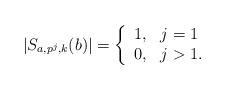
LaTeX: \begin{align*}|S_{a,p^j, k}(b)| =\left\{\begin{array}{ll} 1, & j = 1 \\0, & j > 1.\end{array}\right.\end{align*}